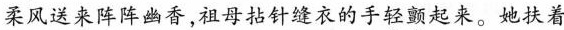
柔风送来阵阵幽香，祖母拈针缝衣的手\underset{·}{轻}\underset{·}{颤}起来。她扶着